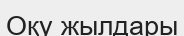
Оқу жылдары